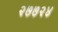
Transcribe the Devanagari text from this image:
२७७२४